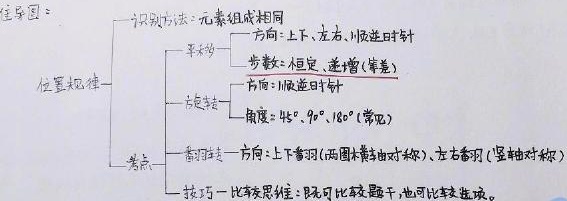
- **位置规律**：
  - **识别方法**：元素组成相同
  - **平移**：
    - **方向**：上下、左右、顺逆时针
    - **步数**：恒定、递增（等差）
  - **旋转**：
    - **方向**：顺逆时针
    - **角度**：\(45^{\circ}\)、\(90^{\circ}\)、\(180^{\circ}\)（常见）
  - **考点**：
    - **翻转**：
      - **方向**：上下翻转（两图横轴对称）、左右翻转（竖轴对称）
  - **技巧**：
    - 比较思维：既可比较题干，也可比较选项。